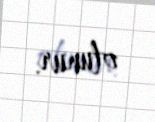
olunur.